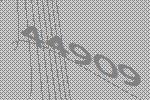
44909